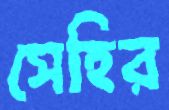
সেহির